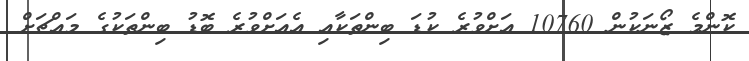
ކޮންމެ ޒޯނަކުން 10760 އަށްވުރެ ކުޑަ ބިންތަކާއި އެއަށްވުރެ ބޮޑު ބިންތަކުގެ މައްޗަށް